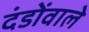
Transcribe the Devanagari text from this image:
दंडोंवाले